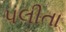
પલીતા